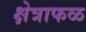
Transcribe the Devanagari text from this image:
क्षेत्राफळ